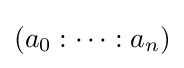
(a_{0}:\cdots :a_{n})